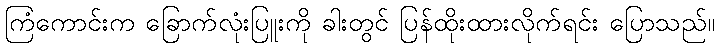
ကြံကောင်းက ခြောက်လုံးပြူးကို ခါးတွင် ပြန်ထိုးထားလိုက်ရင်း ပြောသည်။